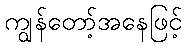
ကျွန်တော့်အနေဖြင့်